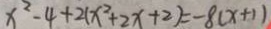
x ^ { 2 } - 4 + 2 ( x ^ { 2 } + 2 x + 2 ) = - 8 ( x + 1 )